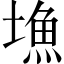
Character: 𡐚